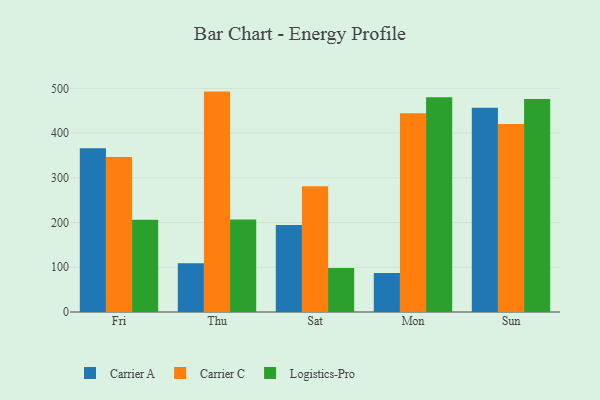
{"axis": {"x": "Day", "y": "Website Visitors"}, "legend": ["Carrier A", "Carrier C", "Logistics-Pro"], "data": [{"x": "Fri", "y": 366.4, "type": "Carrier A"}, {"x": "Fri", "y": 346.3, "type": "Carrier C"}, {"x": "Fri", "y": 206.2, "type": "Logistics-Pro"}, {"x": "Thu", "y": 108.8, "type": "Carrier A"}, {"x": "Thu", "y": 492.8, "type": "Carrier C"}, {"x": "Thu", "y": 207.1, "type": "Logistics-Pro"}, {"x": "Sat", "y": 194.5, "type": "Carrier A"}, {"x": "Sat", "y": 281.1, "type": "Carrier C"}, {"x": "Sat", "y": 98.3, "type": "Logistics-Pro"}, {"x": "Mon", "y": 87.2, "type": "Carrier A"}, {"x": "Mon", "y": 444.6, "type": "Carrier C"}, {"x": "Mon", "y": 480.0, "type": "Logistics-Pro"}, {"x": "Sun", "y": 456.6, "type": "Carrier A"}, {"x": "Sun", "y": 420.5, "type": "Carrier C"}, {"x": "Sun", "y": 476.4, "type": "Logistics-Pro"}]}